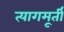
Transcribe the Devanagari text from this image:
त्यागमूर्ती